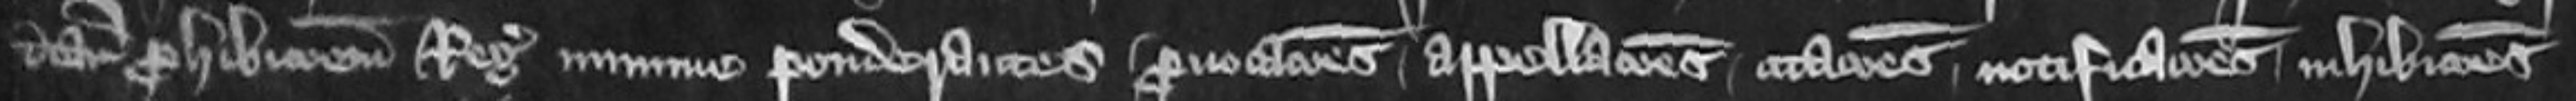
dictam prohibicionem Regis minime ponderantes provocationes appellaciones citationes notificationes inhibitiones